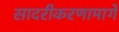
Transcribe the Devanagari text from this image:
सादरीकरणामागे